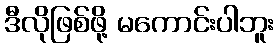
ဒီလိုဖြစ်ဖို့ မကောင်းပါဘူး